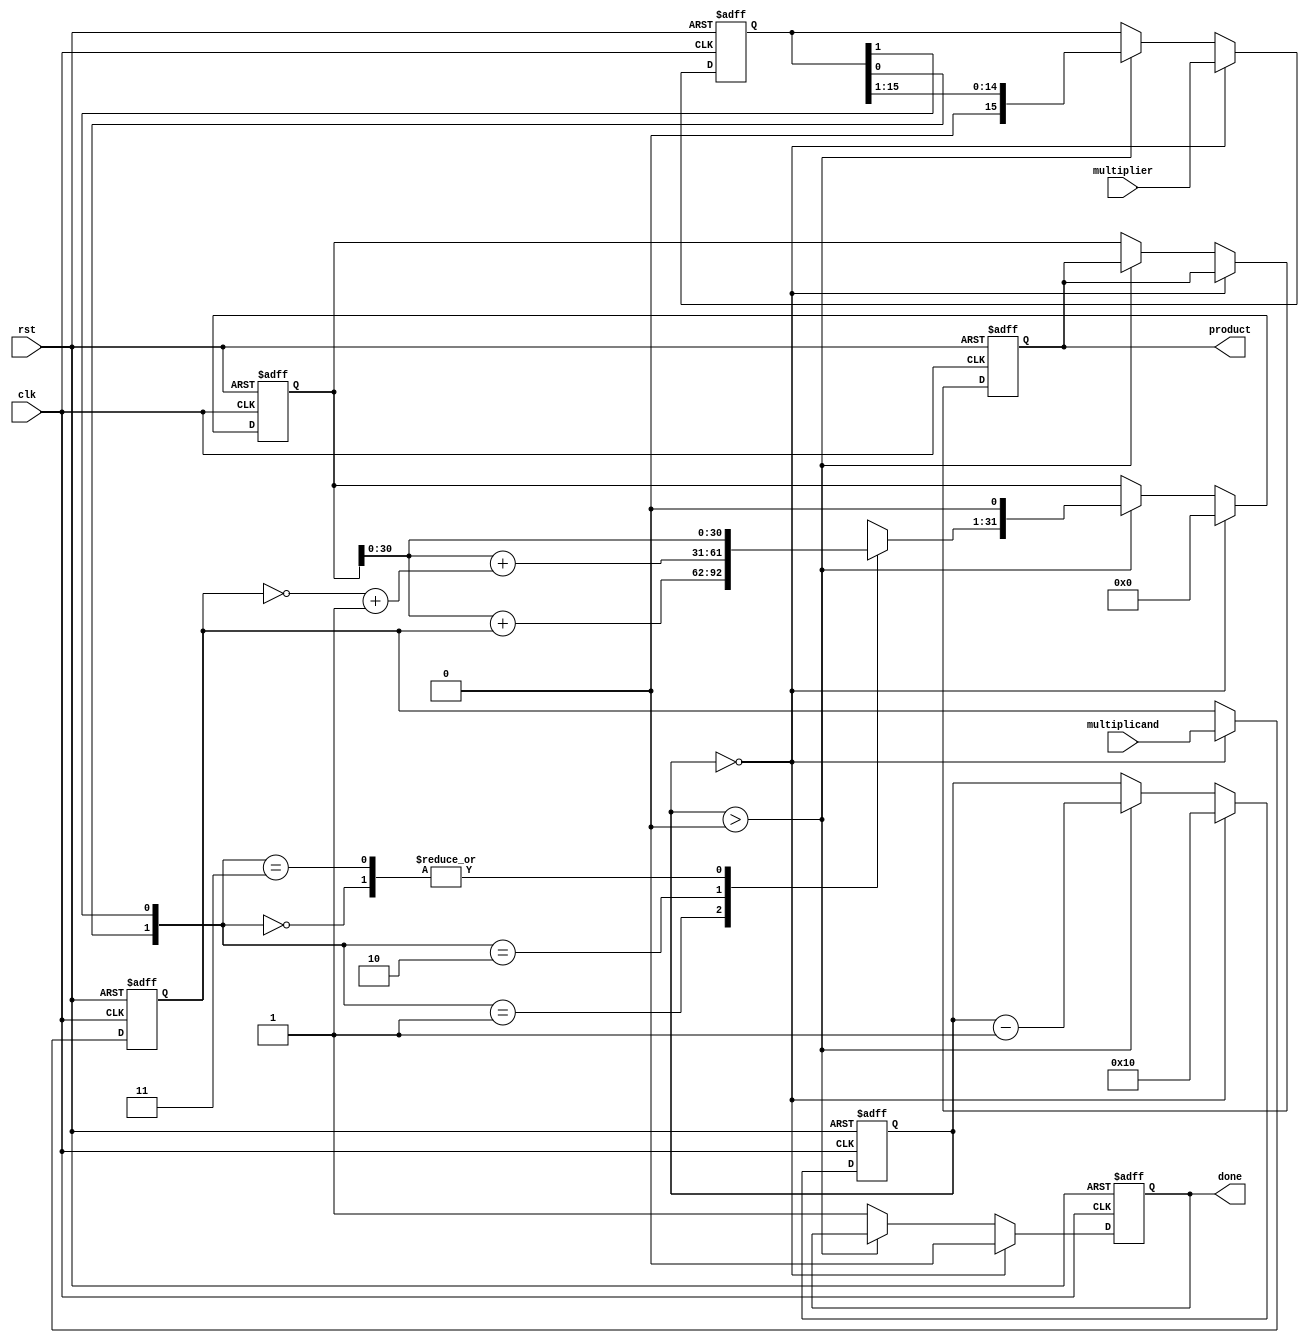
module modified_booth_multiplier (
    input wire clk,
    input wire rst,
    input wire [15:0] multiplicand, // A
    input wire [15:0] multiplier,    // B
    output reg [31:0] product,       // Result
    output reg done                  // Multiplication complete flag
);

    reg [15:0] A;                    // Multiplicand
    reg [15:0] B;                    // Multiplier
    reg [31:0] P;                    // Partial product
    reg [4:0] count;                 // Count for iterations
    reg [1:0] Booth;                 // Booth encoding bits
    reg [31:0] neg_A;                // Negative of A for subtraction

    // Negate the multiplicand for subtraction
    always @(*) begin
        neg_A = ~A + 1;
    end

    // Control FSM
    always @(posedge clk or posedge rst) begin
        if (rst) begin
            A <= 0;
            B <= 0;
            P <= 0;
            count <= 0;
            product <= 0;
            done <= 0;
        end else begin
            if (count == 0) begin
                A <= multiplicand;
                B <= multiplier;
                P <= 0;
                count <= 16; // Assuming 16-bit multiplication
                done <= 0;
            end else if (count > 0) begin
                Booth = {B[0], B[1]}; // Get the last two bits of B

                case (Booth)
                    2'b00: P = P;                     // No action
                    2'b01: P = P + A;                 // Add A
                    2'b10: P = P + neg_A;             // Subtract A
                    2'b11: P = P;                     // No action
                endcase

                // Right shift P and B
                P = {P[30:0], 1'b0}; // Shift P right
                B = {1'b0, B[15:1]}; // Shift B right

                count <= count - 1; // Decrement count
            end else begin
                product <= P; // Store the final product
                done <= 1;    // Indicate completion
            end
        end
    end
endmodule